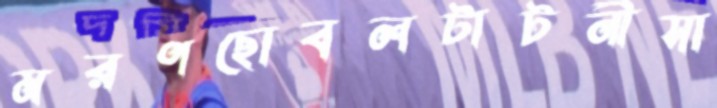
মরণছোবলটাটনীসা